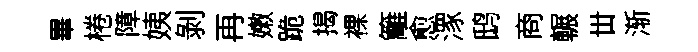
畢棬障姨剝再嫩跪揭裸籬愈潈鸱商輾丗渐